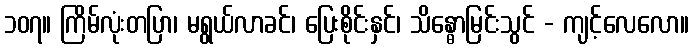
၁၀၇။ ကြိမ်လုံးတပြာ၊ မရွယ်လာခင်၊ ပြေးစိုင်းနှင်၊ သိန္ဓောမြင်းသွင် - ကျင့်လေလော။